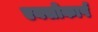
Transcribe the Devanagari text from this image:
एक्सोकार्प